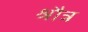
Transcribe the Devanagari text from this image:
श्रौत्र